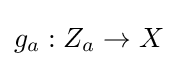
g_{a}:Z_{a}\to X